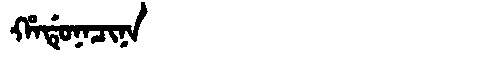
Manchu: ᡥᠠᡩᡠᠨᠠᠴᡳᠨᠠ
Romanization: HADUNACINA